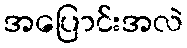
အပြောင်းအလဲ